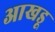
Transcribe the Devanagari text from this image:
आखडू